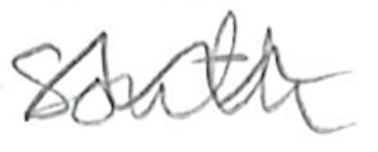
Text: South
Cross-out: wave
Writing tool: pencil